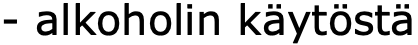
- alkoholin käytöstä